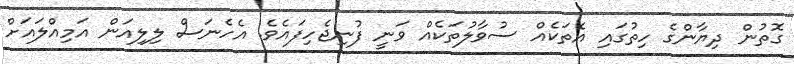
ގޮތުން ދިޔާންގެ ހިތުގައި އެތަކެއް ސުވާލުތަކެއް ވަނީ ފުނިޖެހިފައެވެ. އެހެނަސް ލިލިއަން އަމިއްލައަށް